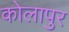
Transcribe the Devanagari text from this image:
कोलापुर